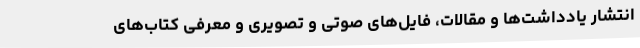
انتشار یادداشت‌ها و مقالات، فایل‌های صوتی و تصویری و معرفی کتاب‌های